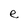
Character: e